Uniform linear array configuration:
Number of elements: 48
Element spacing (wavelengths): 0.25
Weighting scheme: kaiser
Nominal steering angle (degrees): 30
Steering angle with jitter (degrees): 28.918
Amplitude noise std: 0.05
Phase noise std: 0.05

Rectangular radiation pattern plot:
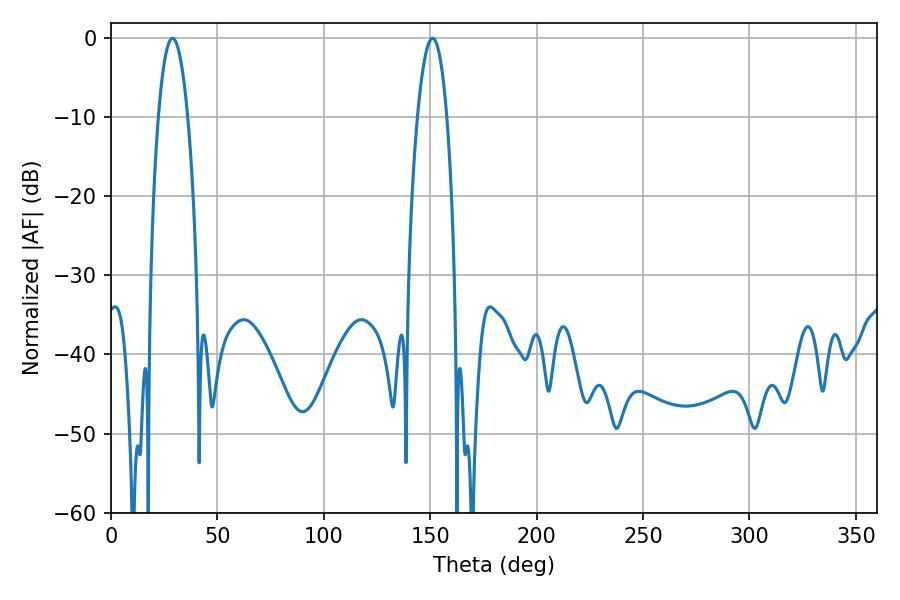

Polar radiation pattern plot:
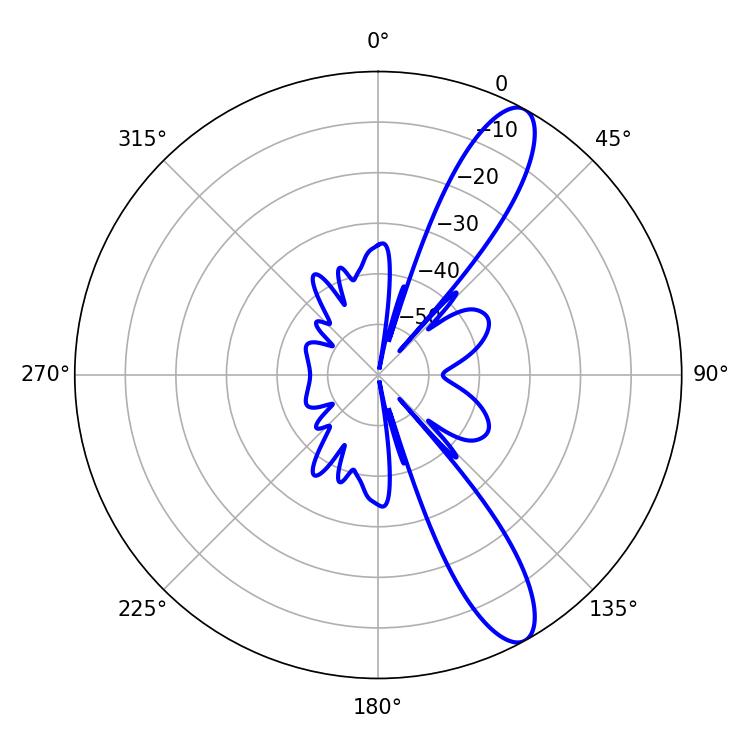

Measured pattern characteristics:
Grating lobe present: FALSE
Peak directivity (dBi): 11.585
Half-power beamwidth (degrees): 7.56
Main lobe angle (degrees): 28.98